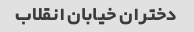
دختران خیابان انقلاب